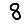
Digit: 8